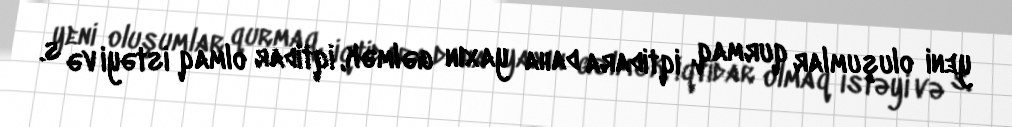
yeni oluşumlar qurmaq, iqtidara daha yaxın gəlmək, iqtidar olmaq istəyi və s.